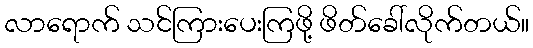
လာရောက် သင်ကြားပေးကြဖို့ ဖိတ်ခေါ်လိုက်တယ်။